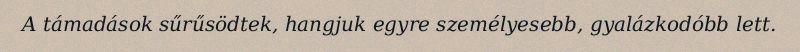
A támadások sűrűsödtek, hangjuk egyre személyesebb, gyalázkodóbb lett.